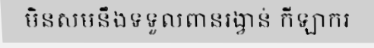
មិនសមនឹងទទួលពានរង្វាន់ កីឡាករ